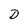
Character: D